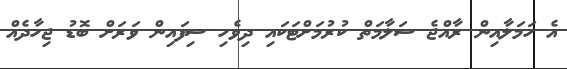
އެ ހަމަލާއިން ރާއްޖެ ސަލާމަތް ކުރުމަށްޓަކައި ދިވެހި ސިފައިން ވަރަށް ބޮޑު ޖިހާދެއް